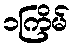
၁ကြိမ်